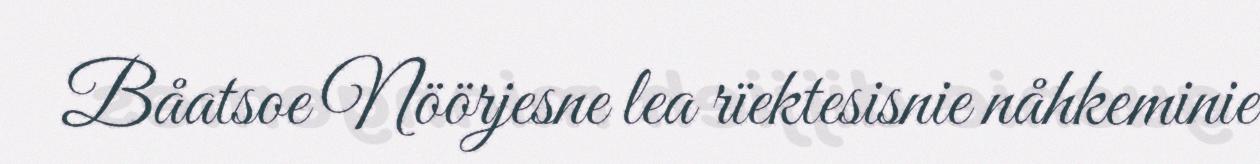
Båatsoe Nöörjesne lea rïektesisnie nåhkeminie